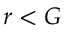
r < G